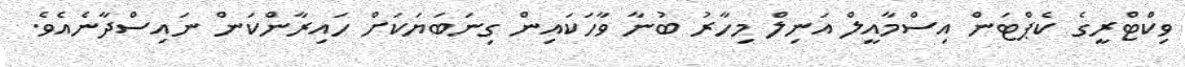
ވިކްޓްރީގެ ކެޕްޓަން އިސްމާއީލް އަނިލް މިހާރު ބުނާ ވާހަކައިން ގިނަބަޔަކަށް ހައިރާންކަން ނައިސްދާނެއެވެ.